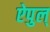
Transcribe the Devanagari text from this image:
ऐपुल्‌